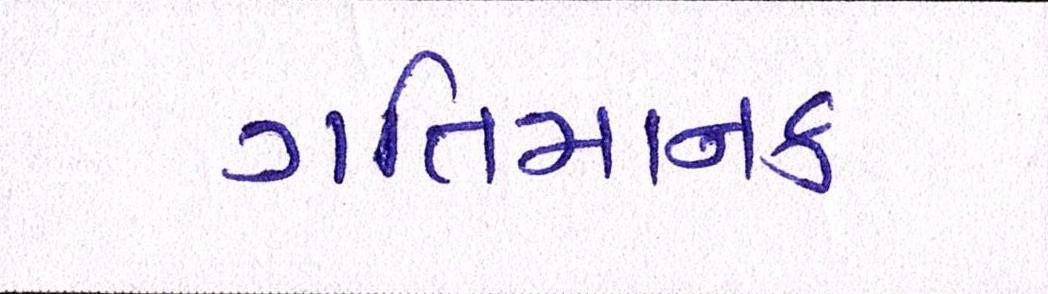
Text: ગતિમાનક